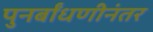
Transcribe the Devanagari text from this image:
पुनर्बांधणीनंतर